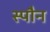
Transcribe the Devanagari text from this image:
स्पौन